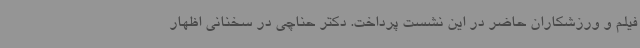
فیلم و ورزشکاران حاضر در این نشست پرداخت. دکتر حناچی در سخنانی اظهار